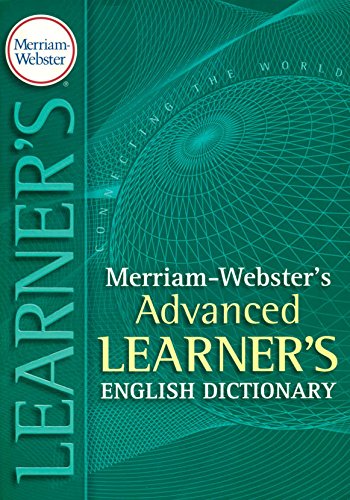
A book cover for Merriam-Webster's Advanced Learner's English Dictionary; Merriam-Webster; Reference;